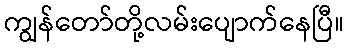
ကျွန်တော်တို့လမ်းပျောက်နေပြီ။